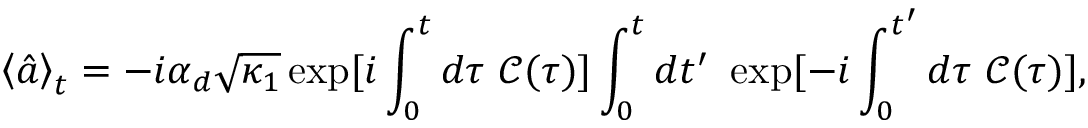
\left\langle \hat { a } \right\rangle _ { t } = - i \alpha _ { d } \sqrt { \kappa _ { 1 } } \exp [ i \int _ { 0 } ^ { t } d \tau \ \mathcal { C } ( \tau ) ] \int _ { 0 } ^ { t } d t ^ { \prime } \ \exp [ - i \int _ { 0 } ^ { t ^ { \prime } } d \tau \ \mathcal { C } ( \tau ) ] ,